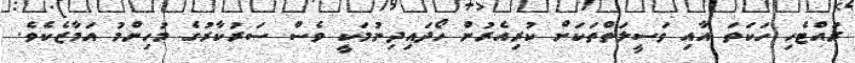
ރައްޓެހި ހަކަތަ އާއި ވަސީލަތްތަކަށް ކުރިއެރުން ހޯދައިދިނުމަކީ ވެސް ސަރުކާރުގެ މުހިންމު އަމާޒެކެވެ.